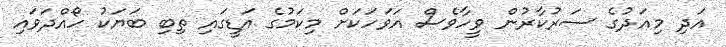
އަދި މިއަދުގެ ސަރުކާރުން ވީހާވެސް އަވަހަކަށް މިކަމުގެ އަޑީގައި ތިބި ބަޔަކު ހޯއްދަވައި